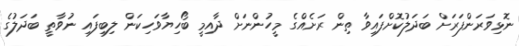
ނޮޅިވަރަންފަރަށް ބަދަލުކޮށްފައިވާ ތިން ރަށެއްގެ މީހުންނަށް ދާއިމީ ބޯހިޔާވަހިކަން ލިބިފައި ނުވާތީ ބަދަލުގެ